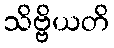
သိဗ္ဗိယတိ